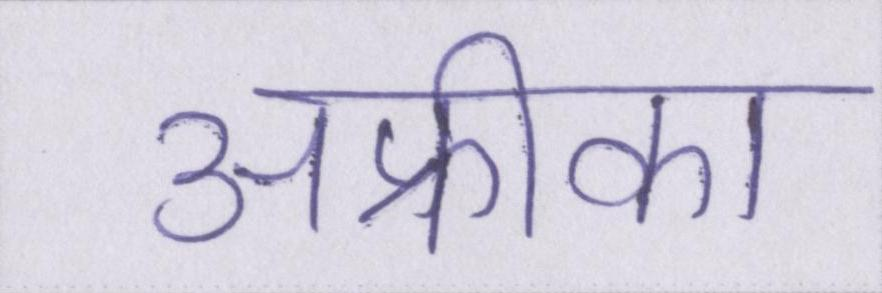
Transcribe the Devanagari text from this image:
अफ्रीका